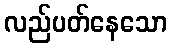
လည်ပတ်နေသော